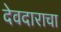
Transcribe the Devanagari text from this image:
देवदाराचा